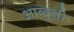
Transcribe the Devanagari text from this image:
आव्व्र्त्ती